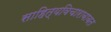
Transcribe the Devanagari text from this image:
साहित्यविचाराबाबत